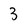
Character: 3